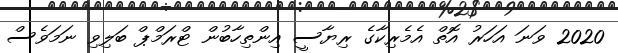
2020 ވަނަ އަހަރު އޮތް އެމެރިކާގެ ރިޔާސީ އިންތިހާބުން ޓްރަމްޕް ބަލިވި ނަމަވެސް